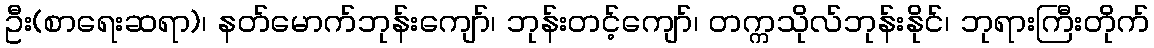
ဦး(စာရေးဆရာ)၊ နတ်မောက်ဘုန်းကျော်၊ ဘုန်းတင့်ကျော်၊ တက္ကသိုလ်ဘုန်းနိုင်၊ ဘုရားကြီးတိုက်